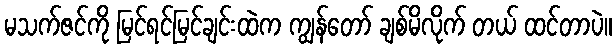
မသက်ဇင်ကို မြင်ရင်မြင်ချင်းထဲက ကျွန်တော် ချစ်မိလိုက် တယ် ထင်တာပဲ။